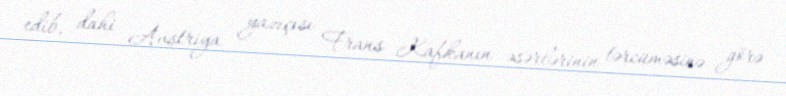
edib, dahi Avstriya yazıçısı Frans Kafkanın əsərlərinin tərcüməsinə görə